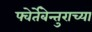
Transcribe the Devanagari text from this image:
फ्वेर्तेबेन्तुराच्या